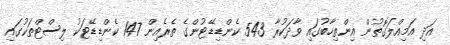
އަދި އަމިއްލަގޮތުން އިންތިހާބުގައި ވާދަކުރާ 543 ކެންޑިޑޭޓުންގެ ތެރެއިން 147 ކެންޑިޑޭޓަކު ލިސްޓްތަކުގައި